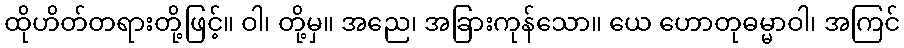
ထိုဟိတ်တရားတို့ဖြင့်။ ဝါ၊ တို့မှ။ အညေ၊ အခြားကုန်သော။ ယေ ဟောတုဓမ္မာဝါ၊ အကြင်